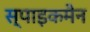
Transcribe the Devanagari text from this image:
स्पाइकमैन